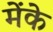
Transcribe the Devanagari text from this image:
मेंके